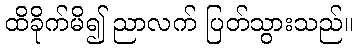
ထိခိုက်မိ၍ ညာလက် ပြတ်သွားသည်။